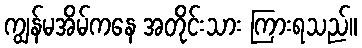
ကျွန်မအိမ်ကနေ အတိုင်းသား ကြားရသည်။